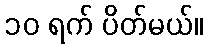
၁၀ ရက် ပိတ်မယ်။